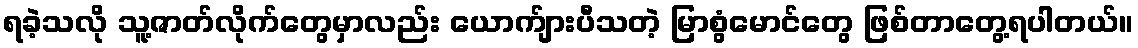
ရခဲ့သလို သူ့ဇာတ်လိုက်တွေမှာလည်း ယောက်ျားပီသတဲ့ မြာစွံမောင်တွေ ဖြစ်တာတွေ့ရပါတယ်။